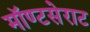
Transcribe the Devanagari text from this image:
मॉण्टसेराट